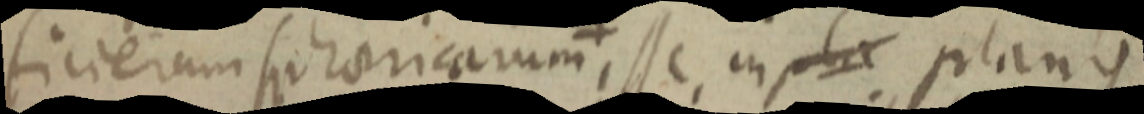
ficierum sphaericarum esse, in pla planis